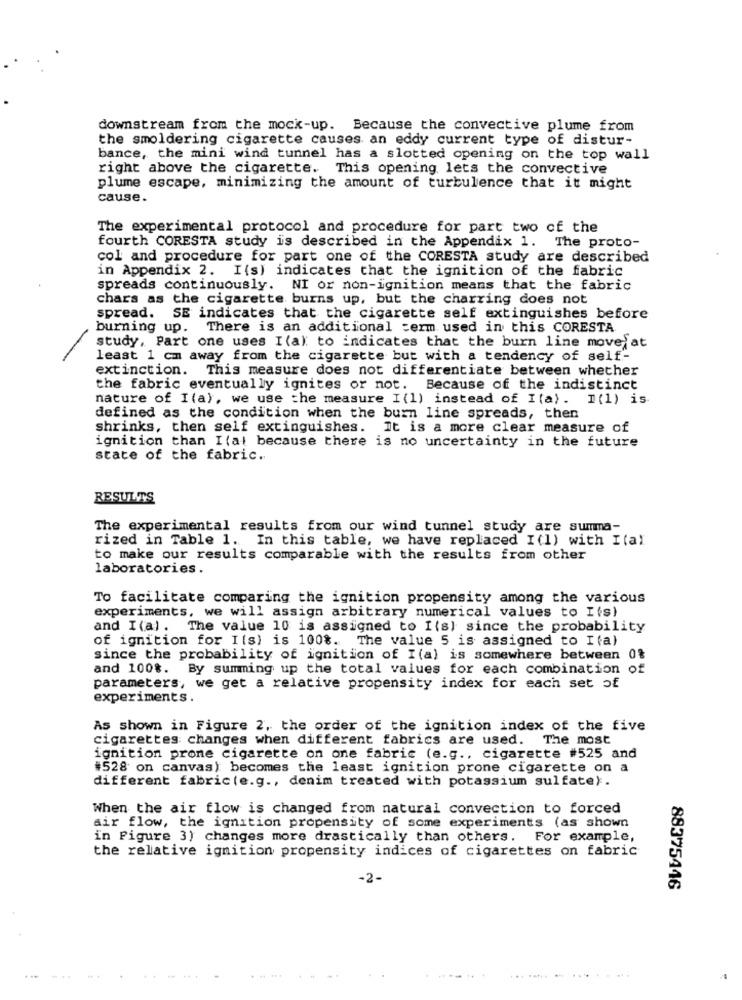
downstream from the mock-up. Because the convective plume from
the smoldering cigarette causes an eddy current type of distur-
bance, the mini wind tunnel has a slotted opening on the top wall
right above the cigarette. This opening lets the convective
plume escape, minimizing the amount of turbulence that it might
cause.
The experimental protocol and procedure for part two of the
fourth CORESTA study is described in the Appendix 1. The proto-
col and procedure for part one of the CORESTA study are described
in Appendix 2. I(s) indicates that the ignition of the fabric
spreads continuously. NI or non-ignition means that the fabric
chars as the cigarette burns up, but the charring does not
spread. SE indicates that the cigarette self extinguishes before
burning up. There is an additional term used in this CORESTA
study, Part one uses I (a) to indicates that the burn line move at
least 1 cm away from the cigarette but with a tendency of self-
extinction. This measure does not differentiate between whether
the fabric eventually ignites or not. Because of the indistinct
nature of I(a), we use the measure I (1) instead of I(a). I(1) is
defined as the condition when the burn line spreads, then
shrinks, then self extinguishes. It is a more clear measure of
ignition than I(al because there is no uncertainty in the future
state of the fabric ..
RESULTS
The experimental results from our wind tunnel study are summa-
rized in Table 1. In this table, we have replaced I(1) with Ital
to make our results comparable with the results from other
laboratories .
To facilitate comparing the ignition propensity among the various
experiments, we will assign arbitrary numerical values to Its)
and I (a). The value 10 is assigned to I(s) since the probability
of ignition for Its) is 100%. The value 5 is assigned to I(a)
since the probability of ignition of I(a) is somewhere between 0%
and 100%.
By summing up the total values for each combination of
parameters, we get a relative propensity index for each set of
experiments.
As shown in Figure 2, the order of the ignition index of the five
cigarettes changes when different fabrics are used. The most
ignition prone cigarette on one fabric (e.g ., cigarette #525 and
#528 on canvas) becomes the least ignition prone cigarette on a
different fabric(e.g ., denim treated with potassium sulfate).
When the air flow is changed from natural convection to forced
air flow, the ignition propensity of some experiments (as shown
in Figure 3) changes more drastically than others. For example,
the relative ignition propensity indices of cigarettes on fabric
-2-
88375446
........ . .... .....